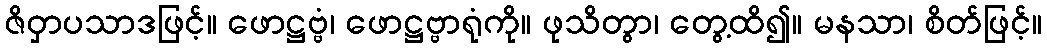
ဇိဝှာပသာဒဖြင့်။ ဖောဋ္ဌဗ္ဗံ၊ ဖောဋ္ဌဗ္ဗာရုံကို။ ဖုသိတွာ၊ တွေ့ထိ၍။ မနသာ၊ စိတ်ဖြင့်။